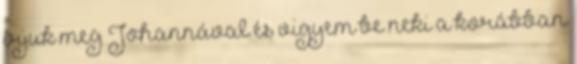
írjuk meg Johannával és vigyem be neki a korábban